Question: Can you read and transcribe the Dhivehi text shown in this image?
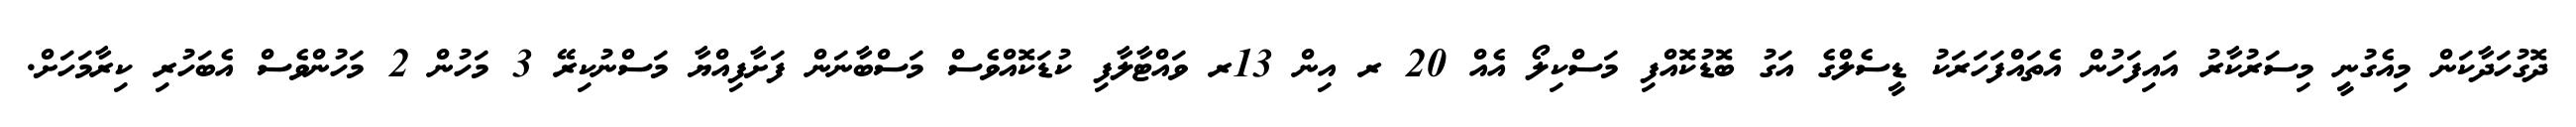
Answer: ދޮގުހަދާކަން މިއެގުނީ މިސަރުކާރު އައިފަހުން އެތައްފަހަރަކު ޑީސެލްގެ އަގު ބޮޑުކޮއްފި މަސްކިލޯ އެއް 20 ރ އިން 13ރ ވައްޓާލާފި ކުޑަކޮއްވެސް މަސްބާނަން ފަށާފިއްޔާ މަސްނުކިރޭ 3 މަހުން 2 މަހުންވެސް އެބަހުރި ކިރާމަހަށް.